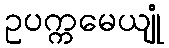
ဥပက္ကမေယျုံ